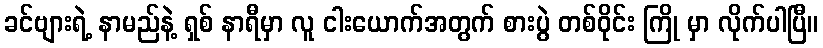
ခင်ဗျားရဲ့ နာမည်နဲ့ ရှစ် နာရီမှာ လူ ငါးယောက်အတွက် စားပွဲ တစ်ဝိုင်း ကြို မှာ လိုက်ပါပြီ။